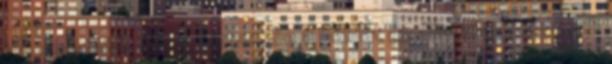
18. Jellemző, hogy Nietzsche a példát az állatvilágból veszi: